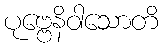
ပုဗ္ဗေနိဝါသောတိ